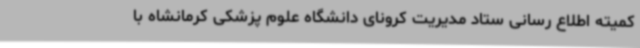
کمیته اطلاع رسانی ستاد مدیریت کرونای دانشگاه علوم پزشکی کرمانشاه با